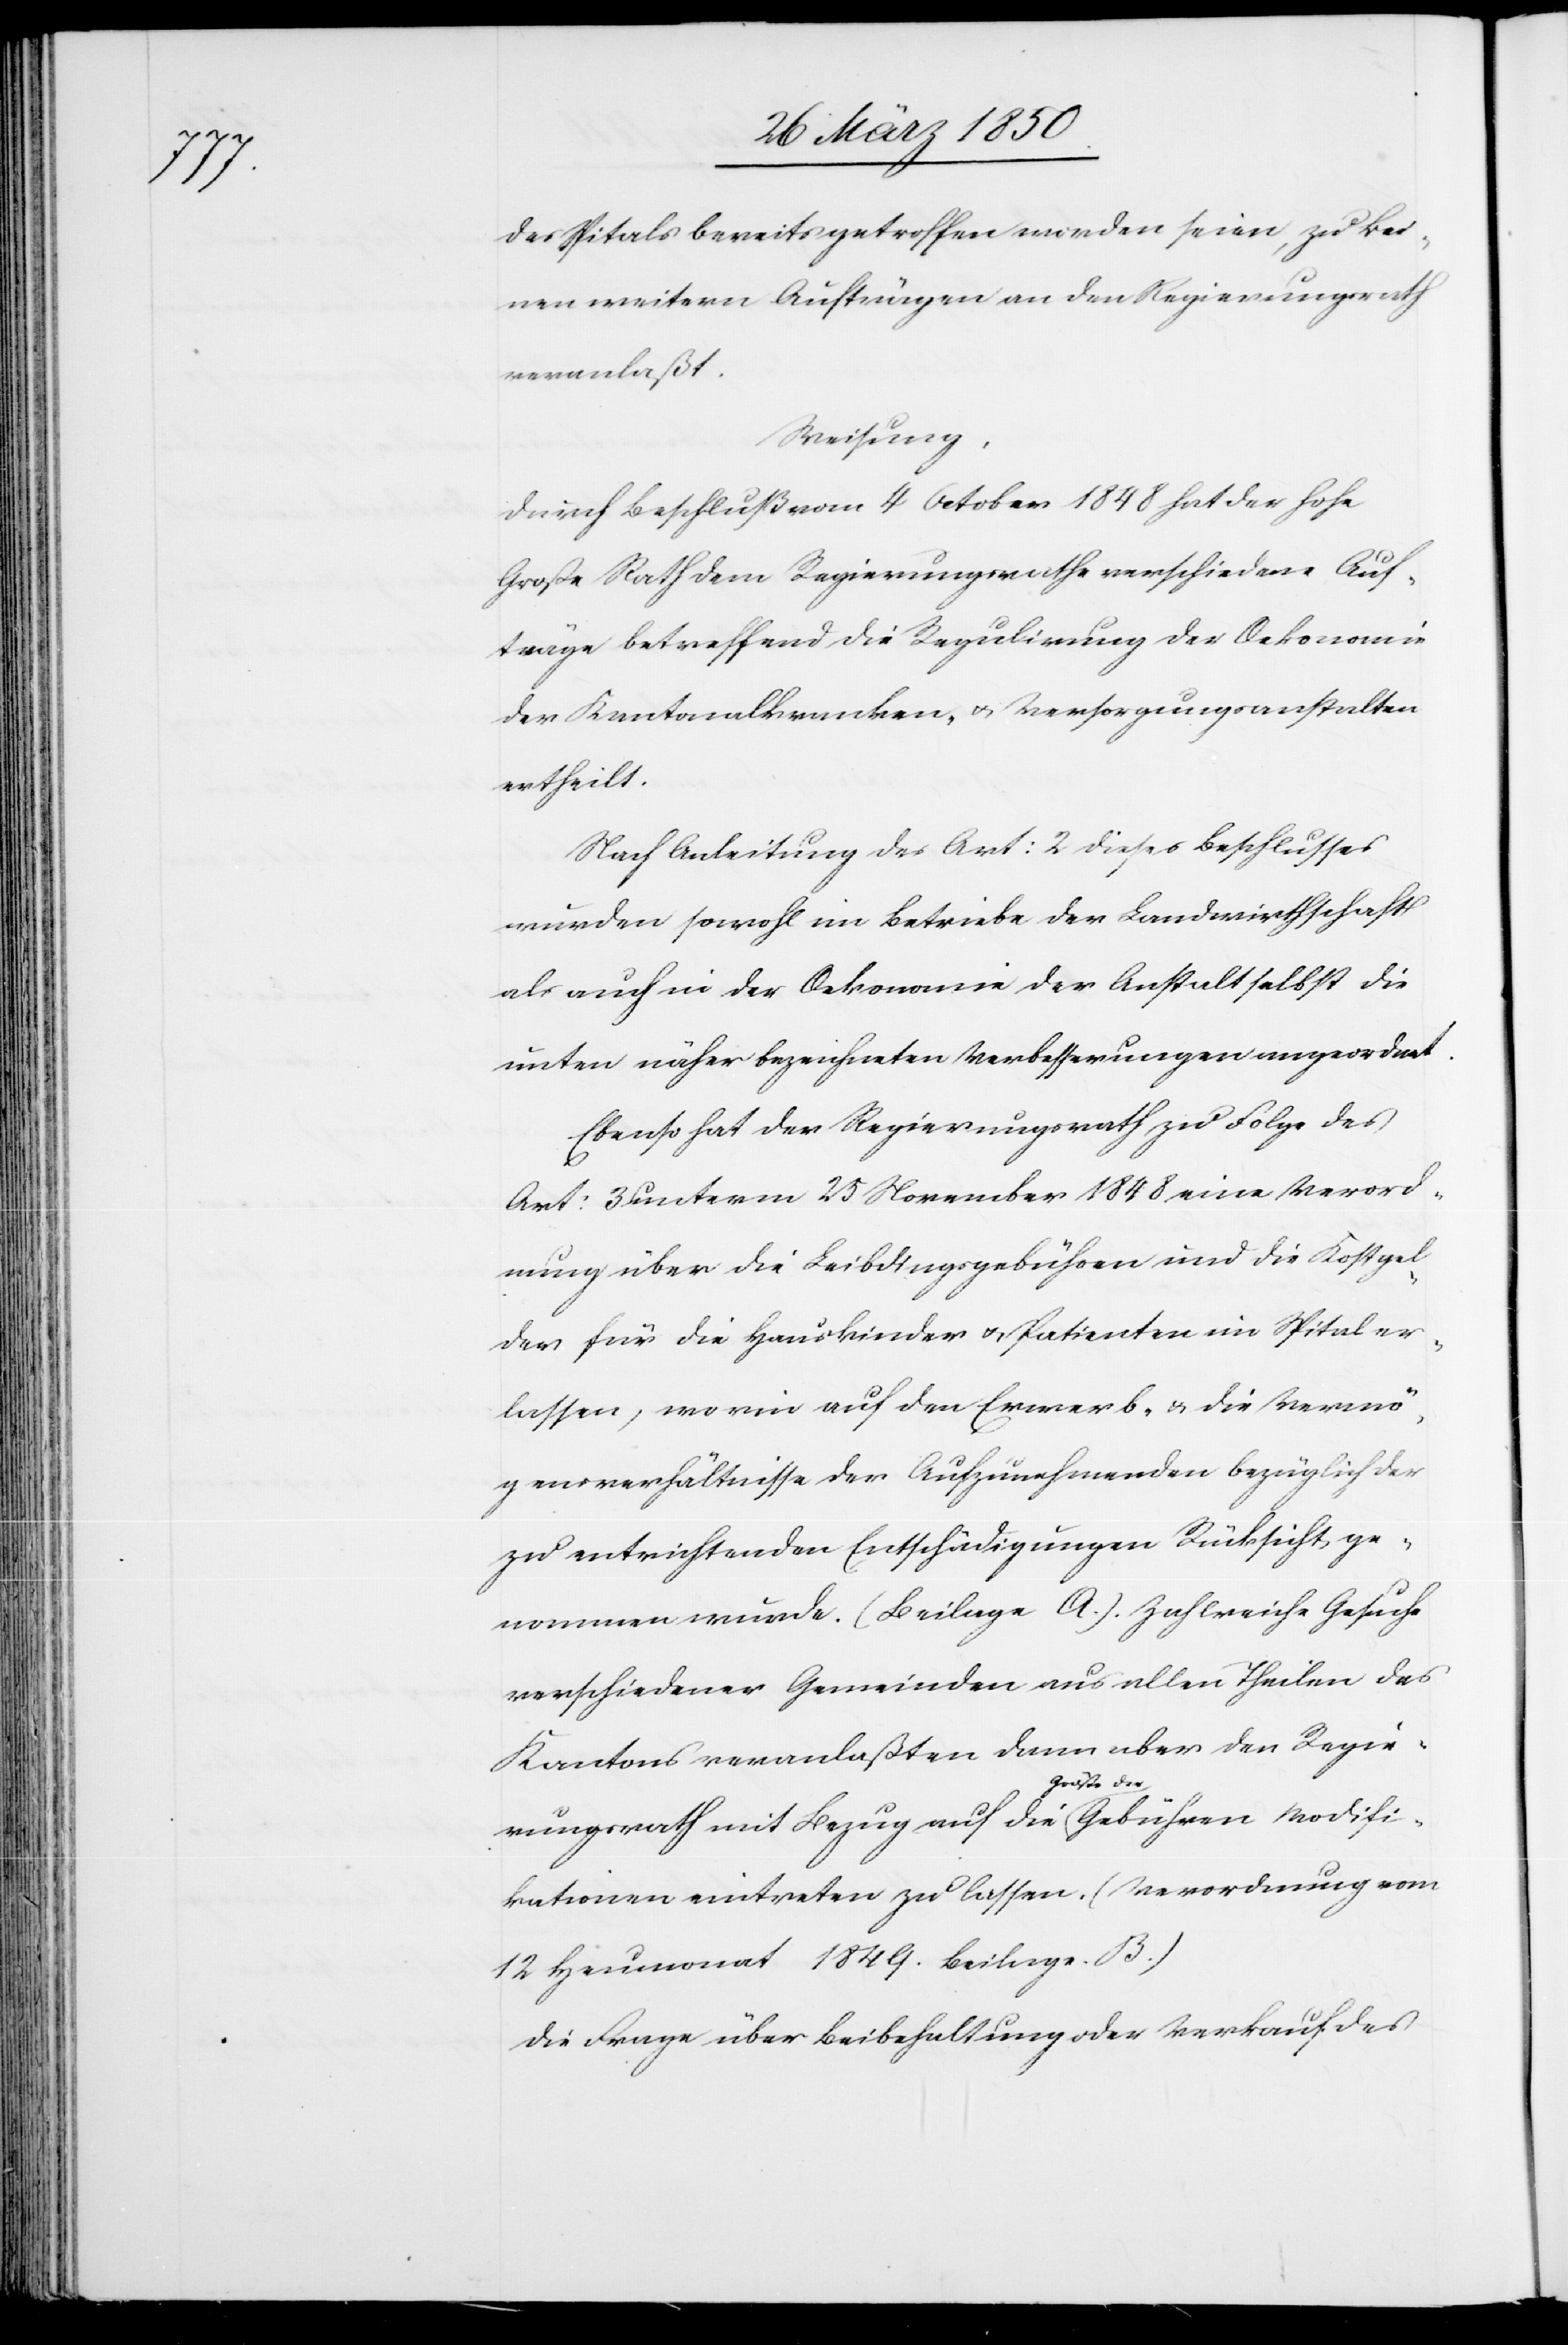
des Spitals bereits getroffen worden seien, zu kei¬
nen weitern Aufträgen an den Regierungsrath
veranlaßt.
Weisung.
Durch Beschluß vom 4 October 1848 hat der hohe
Große Rath dem Regierungsrathe verschiedene Auf¬
träge betreffend die Regulirung der Oekonomie
der Kantonalkranken- u. Versorgungsanstalten
ertheilt.
Nach Anleitung des Art: 2 dieses Beschlusses
wurden sowohl im Betriebe der Landwirthschaft
als auch in der Oekonomie der Anstalt selbst die
unten näher bezeichneten Verbesserungen angeordnet.
Ebenso hat der Regierungsrath zu Folge des
Art: 3 unterm 25 November 1848 eine Verord¬
nung über die Leibdingsgebühren und die Kostgel¬
der für die Hauskinder u. Patienten im Spital er¬
lassen, worin auf den Erwerb- u. die Vermö¬
gensverhältnisse der Aufzunehmenden bezüglich der
zu entrichtenden Entschädigungen Rücksicht ge¬
nommen wurde. (Beilage A.). Zahlreiche Gesuche
verschiedener Gemeinden aus allen Theilen des
Kantons veranlaßten dann aber den Regie¬
rungsrath mit Bezug auf die Größe der Gebühren Modifi¬
kationen eintreten zu lassen. (Verordnung vom
12 Heumonat 1849. Beilage. 13)
Die Frage über Beibehaltung oder Verkauf des